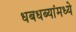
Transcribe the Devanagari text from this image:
धबधब्यांमध्ये